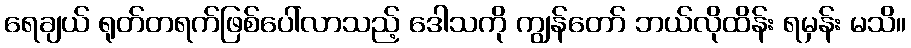
ရေချယ် ရုတ်တရက်ဖြစ်ပေါ်လာသည့် ဒေါသကို ကျွန်တော် ဘယ်လိုထိန်း ရမှန်း မသိ။